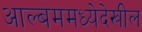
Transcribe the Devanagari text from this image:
आल्बममध्येदेखील